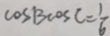
\cos B \cos C = \frac { 1 } { 6 }